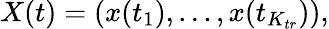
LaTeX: X(t)=(x(t_{1}),...,x(t_{K_{tr}})),